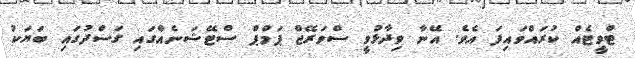
ޓްވީޓެއް ކުރައްވައިފަ އެވެ. އޭނާ ވިދާޅުވީ ސްވަރޭޖް ޕަމްޕް ސްޓޭޝަނެއްގައި ގަސްދުގައި ބަޔަކު